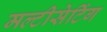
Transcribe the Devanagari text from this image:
मल्टीसेटिंग